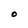
Character: O